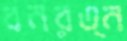
বনরত্ন